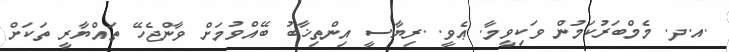
.އ.ދ. މެމްބަރުކަމުން ވަކިވީމާ. ޢެވީ. .ރިޔާސީ އިންތިޚާބު ބޭއްވުމަށް ވާންޖެހޭ ތައްޔާރީ ތަކަށް